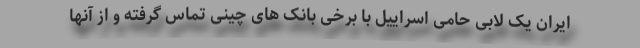
ایران یک لابی حامی اسراییل با برخی بانک های چینی تماس گرفته و از آنها